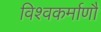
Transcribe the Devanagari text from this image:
विश्वकर्माणौ